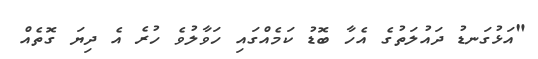
"އަޅުގަނޑު ދައުލަތުގެ އެހާ ބޮޑު ކަމެއްގައި ހަވާލުވެ ހުރެ އެ ދިޔަ ގޮތެއް